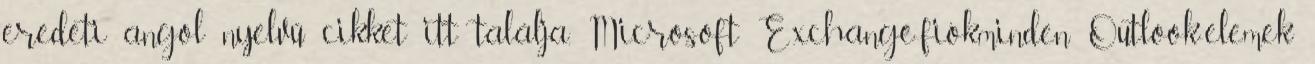
eredeti angol nyelvű cikket itt találja. Microsoft Exchange-fiókminden Outlook-elemek